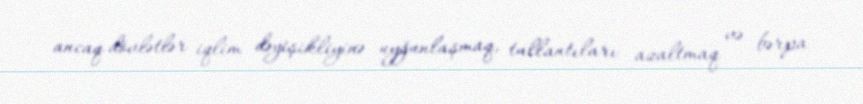
ancaq dövlətlər iqlim dəyişikliyinə uyğunlaşmaq, tullantıları azaltmaq və bərpa